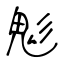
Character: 鬽